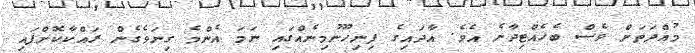
މުއްދަތަށް ވެސް ބެހެއްޓިދާނެ އެވެ. އާދައިގެ ފިނިހޫނުމިނެއްގައި ނަމަ އެންމެ ގިނަވެގެން ރައްކާކޮށްފައި